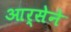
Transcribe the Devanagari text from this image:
आर्सेने